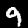
Digit: 9